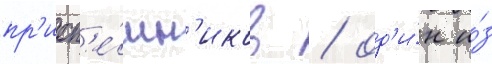
пр'исп'е́шн'иков / од'и́н и́з